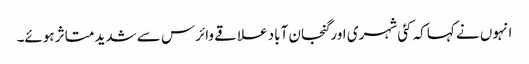
انہوں نے کہا کہ کئی شہری اور گنجان آباد علاقے وائرس سے شدید متاثر ہوئے۔